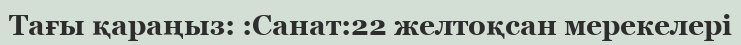
Тағы қараңыз: :Санат:22 желтоқсан мерекелері